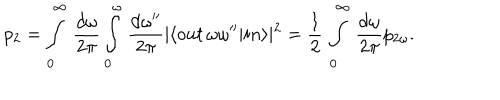
p _ { 2 } = \int _ { 0 } ^ { \infty } \, \frac { d \omega } { 2 \pi } \int _ { 0 } ^ { \omega } \, \frac { d \omega ^ { \prime \prime } } { 2 \pi } \vert \langle o u t \, \omega \omega ^ { \prime \prime } \vert i n \rangle \vert ^ { 2 } = \frac 1 2 \, \int _ { 0 } ^ { \infty } \, \frac { d \omega } { 2 \pi } p _ { 2 \omega } .